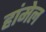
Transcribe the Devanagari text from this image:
हांमेल